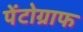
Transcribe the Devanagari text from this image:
पेंटोग्राफ